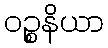
ဝဉ္စနိယာ